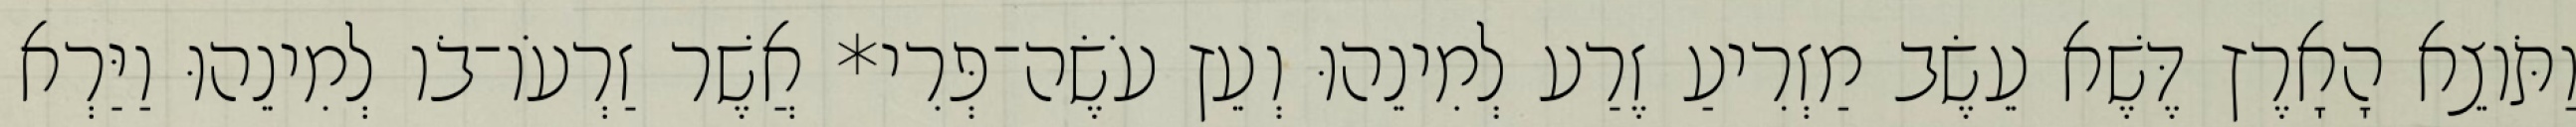
וַתֹּוצֵא הָאָרֶץ דֶּשֶׁא עֵשֶׂב מַזְרִיעַ זֶרַע לְמִינֵהוּ וְעֵץ עֹשֶׂה־פְּרִי* אֲשֶׁר זַרְעֹו־בֹו לְמִינֵהוּ וַיַּרְא